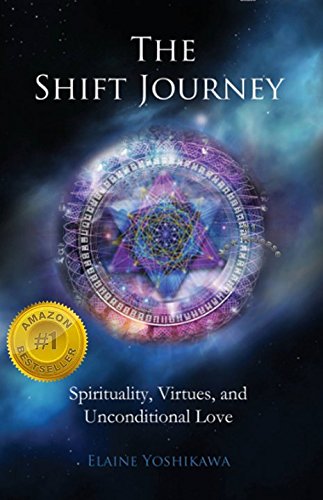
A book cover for The Shift Journey: Spirituality, Virtues, and Unconditional Love; Elaine Yoshikawa; Politics & Social Sciences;